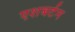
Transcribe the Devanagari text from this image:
एशबर्टन